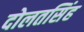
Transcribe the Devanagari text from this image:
दोलतसिंह